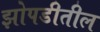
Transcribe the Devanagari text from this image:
झोपडीतील